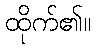
ထိုက်၏။